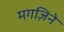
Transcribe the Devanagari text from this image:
मगज़िने